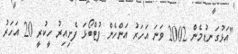
"އަޅުގަނޑުމެން 2002 ވަނަ އަހަރު އަންހެން ފުޓްބޯޅަ ފެށިއިރު ހީކުރީ 20 އަހަރު